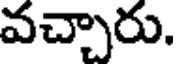
వచ్చారు.